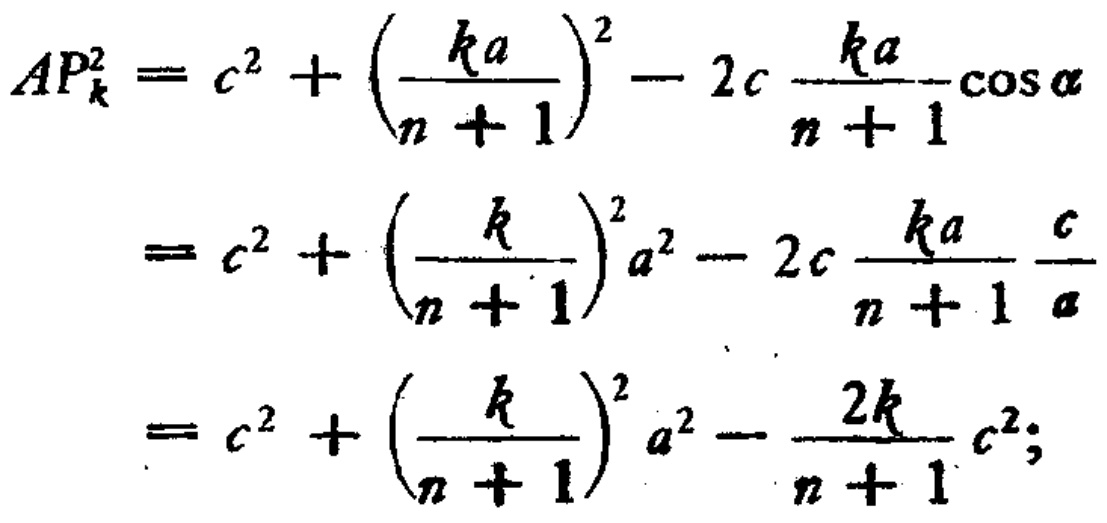
\[
\begin{align*}
AP_{k}^{2}&=c^{2}+\left(\frac{ka}{n + 1}\right)^{2}-2c\frac{ka}{n + 1}\cos\alpha\\
&=c^{2}+\left(\frac{k}{n + 1}\right)^{2}a^{2}-2c\frac{ka}{n + 1}\frac{c}{a}\\
&=c^{2}+\left(\frac{k}{n + 1}\right)^{2}a^{2}-\frac{2k}{n + 1}c^{2};
\end{align*}
\]